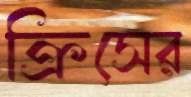
ক্রিসের